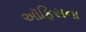
અૉફિસના